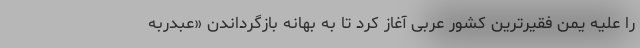
را علیه یمن فقیرترین کشور عربی آغاز کرد تا به بهانه بازگرداندن «عبدربه